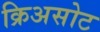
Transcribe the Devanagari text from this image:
क्रिअसोट